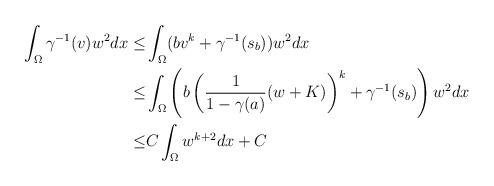
LaTeX: \begin{align*}\int_\Omega\gamma^{-1}(v)w^2dx\leq &\int_\Omega (bv^k+\gamma^{-1}(s_b))w^2dx\\\leq&\int_\Omega \left(b\left(\frac{1}{1-\gamma(a)}(w+K)\right)^k+\gamma^{-1}(s_b)\right)w^2dx\\\leq &C\int_\Omega w^{k+2}dx+C\end{align*}